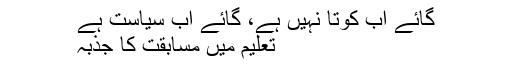
گائے اب کَوِتا نہیں ہے، گائے اب سیاست ہے
تعلیم میں مسابقت کا جذبہ